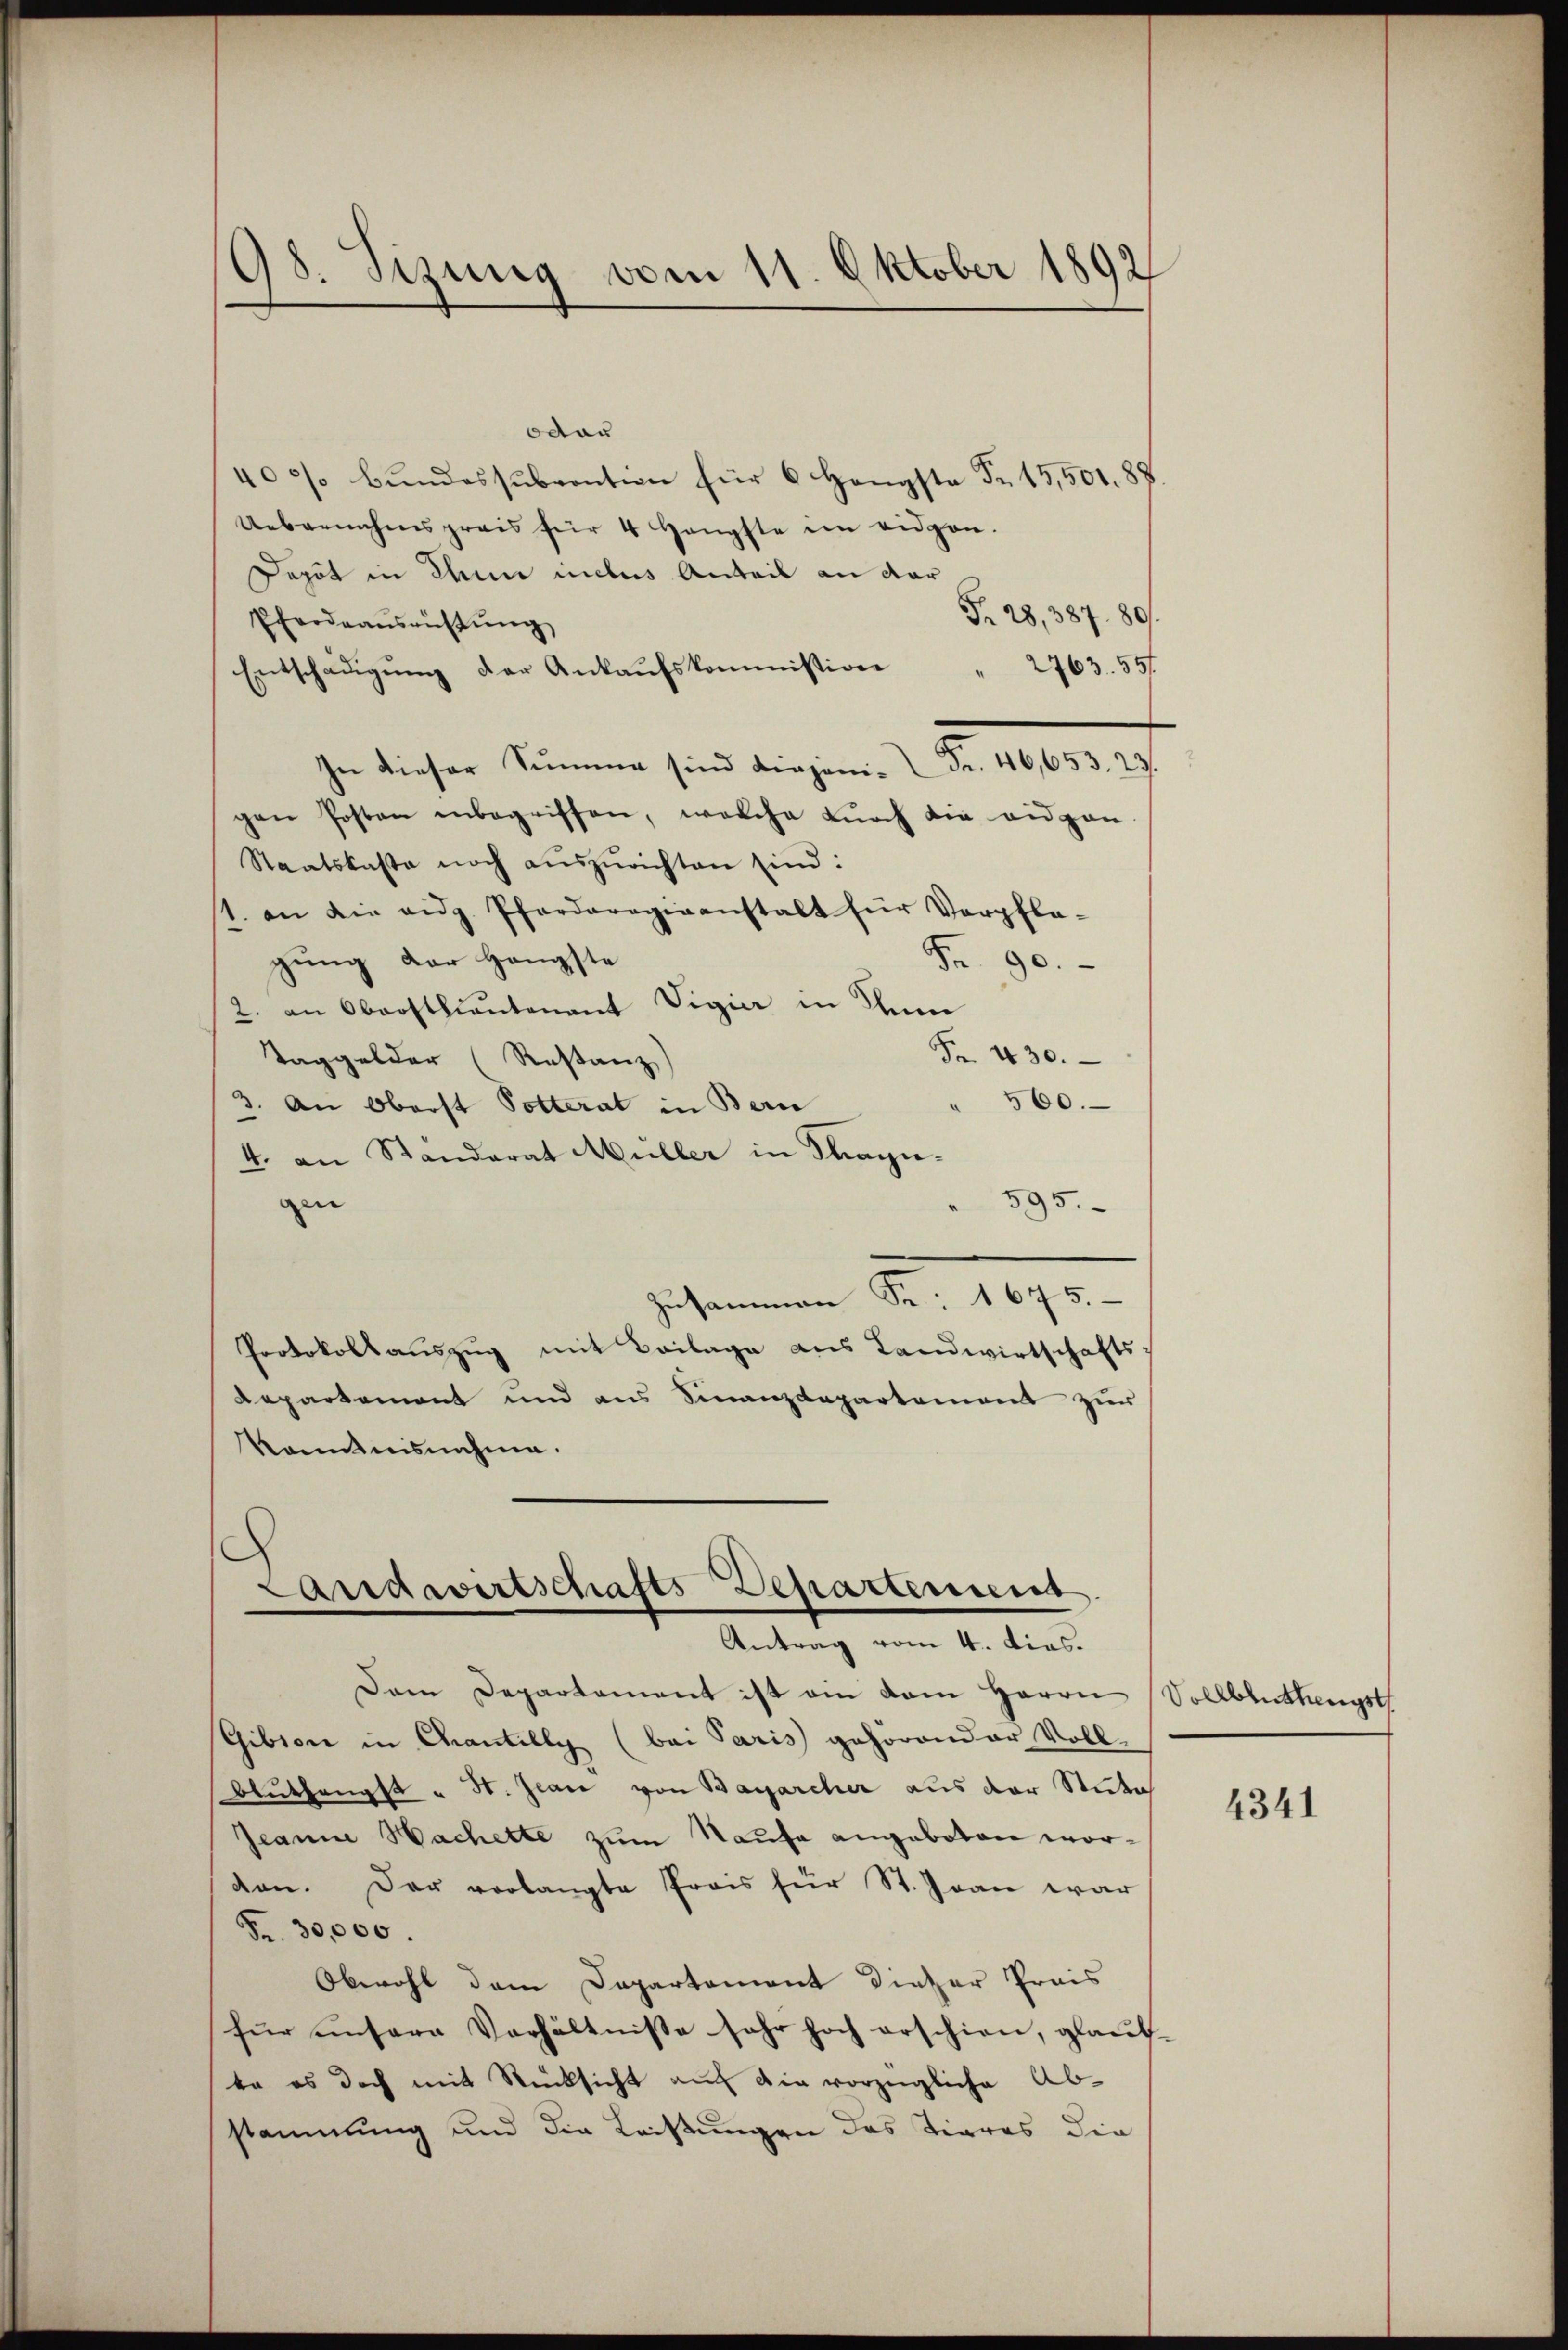
odor
40/ Bŭndessŭbvention für 6 Hengste Fr. 15,501. 87.
Uebernahmspreis für 4 Hengste im eidgen.
Depot in Anne incles Anteil an dar
Fr. 28,387. 891.
Pferdeausrüstung
Entschädigŭng der Ankaŭfskommission " 2763. 551
In dieser Summe sind diejeni- Fr. 46,653. 23.
gen Posten inbegriffen, welche Burch die eigen
Staatskaste noch aŭszŭrichten sind:
1. an die eidg. Pferderogiranstalt für Verpfla-
gung der Hängste
Fr. 90.
2. an Oberstlieutenant Vigier in dem
Fr. 430.
Taggelder (Restanz)
560.
3. An Oberst Potterat in Bern
4. an Standerat Müller in Magn.
gen
 595.
Zusammen S. 1675.
Protokollauszug mit Beilage aus Landwirtschafts-
Repartement und aus Finanzdepartement zur
kanntnisnahme.

98. Sizung vom 11. Oktober 1892

Landwirtschafts-Departemens
Antrag vom 4. dies.

Dem Departament ist am dem Herrn Vollblüthengst
Gibion in Chantilly (bei Paris gehörender Voll-
Beuthengst u St. Jean von Bazarcher aus der Sticke
Jeanne Sachette zum Saufe angeboten worden. Der verlangte Preis für St. Joan war
Fr. 30,000.
Obwohl dem Departement dieser Preis
für unsere Verhältnisse sehr hoch erschien, glaub-
ta es doch mit Rücksicht auf die vorzügliche Ab-
stammung und die Leistungen das Tieres die

4341